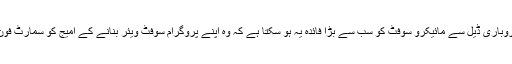
ماہرین کا خیال ہے کہ اس کاروباری ڈیل سے مائیکرو سوفٹ کو سب سے بڑا فائدہ یہ ہو سکتا ہے کہ وہ اپنے پروگرام سوفٹ ویئر بنانے کے امیج کو سمارٹ فون کلچر میں تبدیل کر سکے گا۔